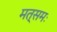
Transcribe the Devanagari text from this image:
मत्समः